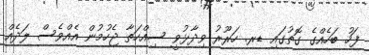
ފަހު ބަހެއްގެ ގޮތުގައި ޑރ. ހަރޫރު ވިދާޅުވީ ސިއްހަތާ ޖެހުމުން އެއްވެސް ލަދެއް